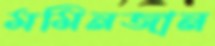
মমিনজান